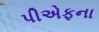
પીએફના